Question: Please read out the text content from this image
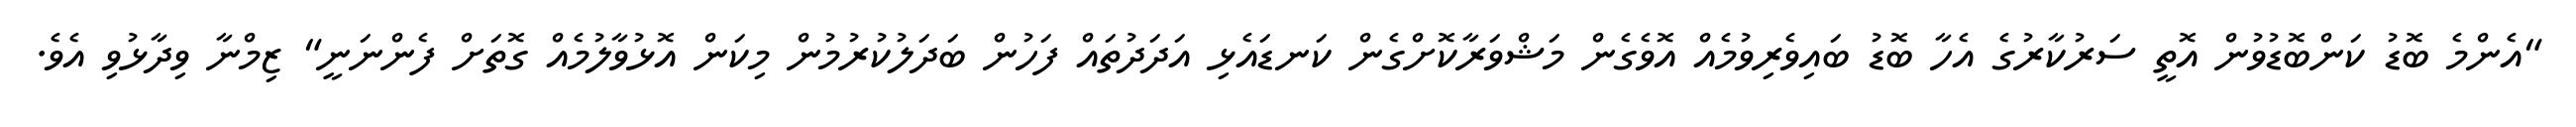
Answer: "އެންމެ ބޮޑު ކަންބޮޑުވުން އޮތީ ސަރުކާރުގެ އެހާ ބޮޑު ބައިވެރިވުމެއް އޮވެގެން މަޝްވަރާކޮށްގެން ކަނޑައެޅި އަދަދުތައް ފަހުން ބަދަލުކުރުމުން މިކަން އޮޅުވާލުމެއް ގޮތަށް ފެންނަނީ" ޒިމްނާ ވިދާޅުވި އެވެ.